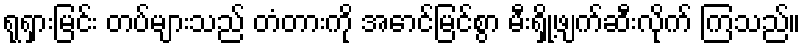
ရုရှားမြင်း တပ်များသည် တံတားကို အောင်မြင်စွာ မီးရှို့ဖျက်ဆီးလိုက် ကြသည်။